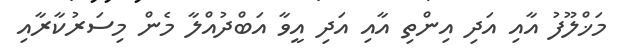
މަޚްލޫފު އާއި އަދި އިންތި އާއި އަދި އީވާ އަބްދުއްލާ މެން މިސަރުކާރާއި